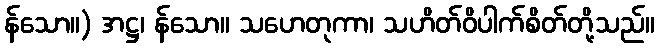
န်သော။) အဋ္ဌ၊ န်သော။ သဟေတုကာ၊ သဟိတ်ဝိပါက်စိတ်တို့သည်။